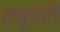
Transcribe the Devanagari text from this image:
ट्यूनटी